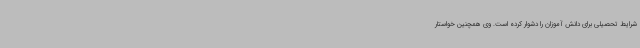
شرایط تحصیلی برای دانش آموزان را دشوار کرده است. وی همچنین خواستار